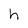
Character: h